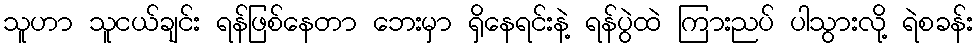
သူဟာ သူငယ်ချင်း ရန်ဖြစ်နေတာ ဘေးမှာ ရှိနေရင်းနဲ့ ရန်ပွဲထဲ ကြားညပ် ပါသွားလို့ ရဲစခန်း